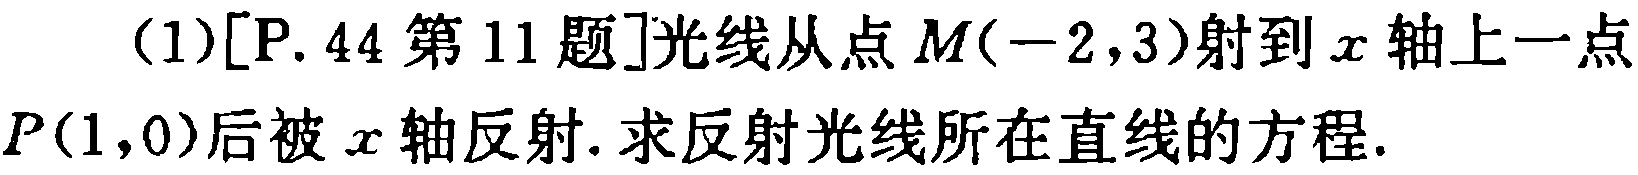
(1)[P. 44 第 11 题]光线从点 \(M(-2,3)\) 射到 \(x\) 轴上一点 \(P(1,0)\) 后被 \(x\) 轴反射. 求反射光线所在直线的方程.